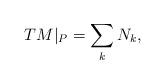
LaTeX: \begin{align*}TM\vert_{P}= \sum_{k} N_k,\end{align*}